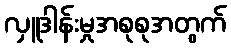
လှူဒါန်းမှုအစုစုအတွက်